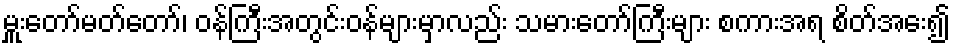
မှူးတော်မတ်တော်၊ ဝန်ကြီးအတွင်းဝန်များမှာလည်း သမားတော်ကြီးများ စကားအရ စိတ်အေး၍